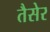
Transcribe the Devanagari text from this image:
तैसेर